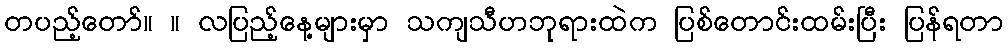
တပည့်တော်။ ။ လပြည့်နေ့များမှာ သကျသီဟဘုရားထဲက ပြစ်တောင်းထမ်းပြီး ပြန်ရတာ